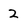
Character: 2